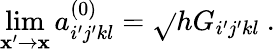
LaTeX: \operatorname*{lim}_{\mathbf{x}^{\prime}\rightarrow\mathbf{x}}a_{i^{\prime}j^{\prime}kl}^{(0)}=\sqrt{}{{h}}G_{i^{\prime}j^{\prime}kl}\ .